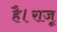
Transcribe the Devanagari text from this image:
है।राजू